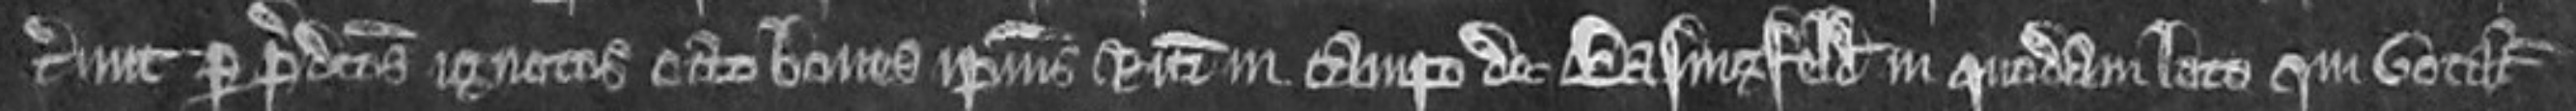
cerunt per predictos ignotos octo boves ipsius Ricardi in campo de Basingfeld in quodam loco qui vocatur